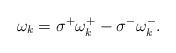
LaTeX: \begin{align*} \omega_k = \sigma^+ \omega^+_k - \sigma^- \omega^-_k.\end{align*}